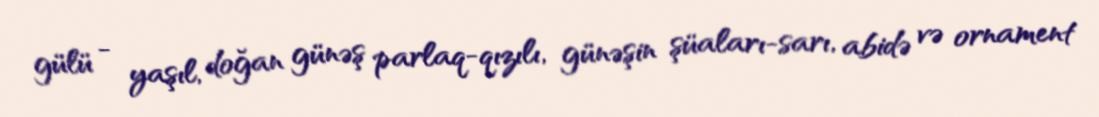
gülü - yaşıl, doğan günəş parlaq-qızılı, günəşin şüaları-sarı, abidə və ornament